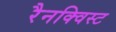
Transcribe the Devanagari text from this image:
रैनक्विस्ट